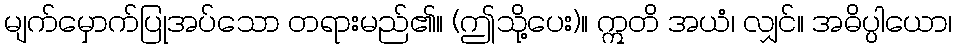
မျက်မှောက်ပြုအပ်သော တရားမည်၏။ (ဤသို့ပေး)။ ဣတိ အယံ၊ လျှင်။ အဓိပ္ပါယော၊